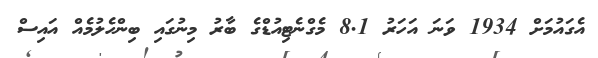
އެގައުމަށް 1934 ވަނަ އަހަރު 8.1 މެގްނެޓިއުޑްގެ ބާރު މިނުގައި ބިންހެލުމެއް އައިސް